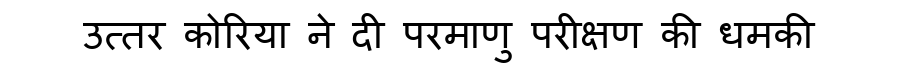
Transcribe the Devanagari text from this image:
उत्तर कोरिया ने दी परमाणु परीक्षण की धमकी